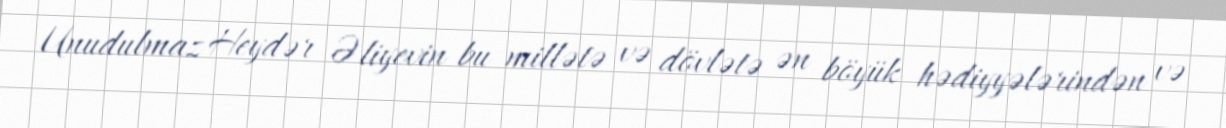
Unudulmaz Heydər Əliyevin bu millətə və dövlətə ən böyük hədiyyələrindən və